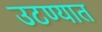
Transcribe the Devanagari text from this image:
उटण्यात